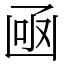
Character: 凾